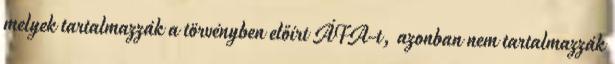
melyek tartalmazzák a törvényben előírt ÁFA-t, azonban nem tartalmazzák